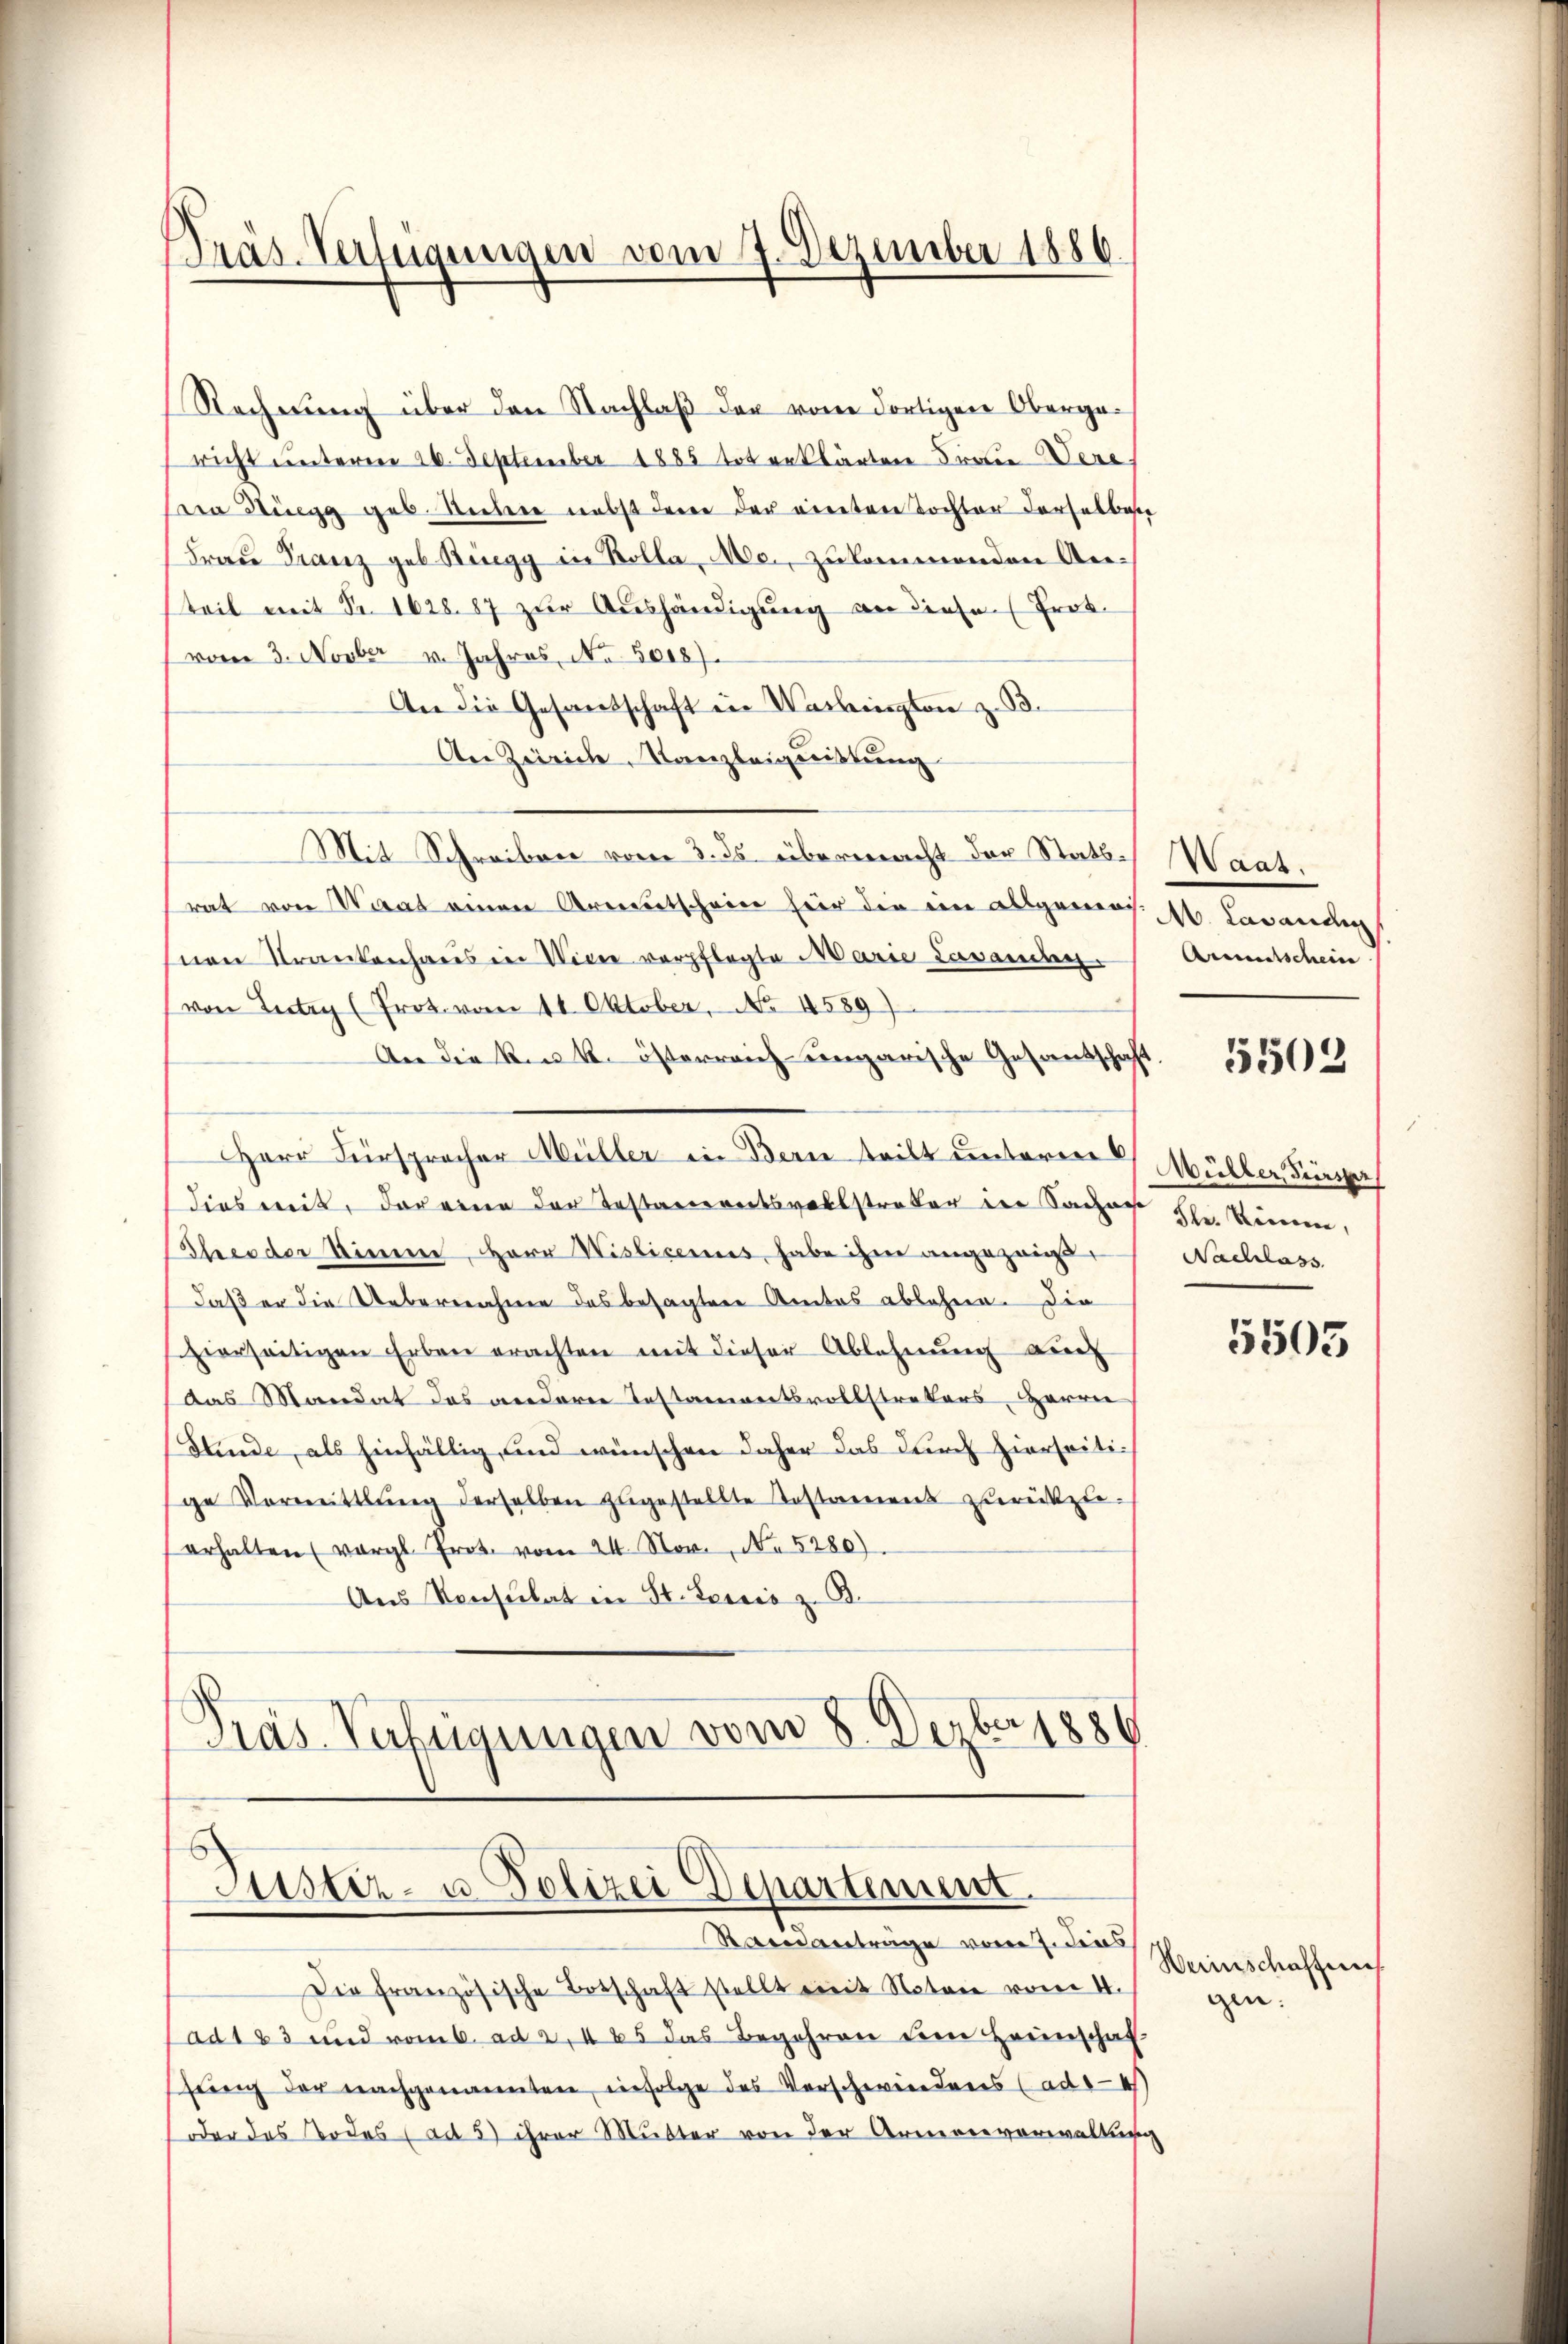
Präs. Verfügungen vom 7. Dezember 1886.

Rechnung über den Nachlaß der vom dortigen Obergaricht unterm 26. September 1885 tot erklärten Frauere
a Stigg geb. Untere nebst den der einten Tochter derselbere
Frau Franz geb. Ringg in Kolla, Mai, zukommenden Anteil mit Nr. 1628. 87 zur Aushändigung an diese Probvom 3. Novber u. Jahres, No. 5018).
An die Gesandschaft in Washington zu 3.
An Zürich, Kanzleigeistung
Mit Schreiben vom 3. ds übermacht der Statt-Waat.
rat von Wirat einen Armeentscheine hier der ein Allgemeos 1. Lavandi
snen Krankenhaus in Wien verpflegte Marie Lavanten
von Lectry (Prot. vom 11. Oktober, No 4589)
An die Kink. österreich ungarische Gesandschaft
Herr Fürspracher Müller in Bern teilt untere Müller, Fürspr
dies weit, der einen der Testandereitsvollstrater der Sacher Hr. Können,
Theodor Sinne, Herr Wisticenus, habe ihm angezeigt,
daß er die Uebernahme des besagter Amtes ablehnen. Die
hierseitigen Erben erachten mit dieser Ablehnung auch
Das Mandat das anderer Testamentsvollstrekers, Herrn
Stinde, als hinfällig, und wünschen daher das durch hierseitige Vormittlung derselben zŭgestellte Testamens zurückzu-
erhalten (vergl. Prot. vom 24. Nov., N. 5280).
Ans Konsulat in St. Lessis z. B.
Pras Verfügungen vom 8. Dezbr. 1886

Justiz- u. Polizei Departement.

Romanträge vom 7ten Hinschaffen
Die französische Botschaft stellt mit Noten vom 4.
ad 123 und vom 6. ad 2. 465 das Begehren dem Heinschaf
fŭng der nachgenannten, infolge des Verschweredens (ad 44
oder das Todes (ad 5) ihrer Mutter von der Armenverwaltung

Arentschein
5502

Nachlass

5505

gen: